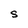
Character: S